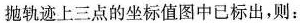
抛轨迹上三点的坐标值图中已标出，则：